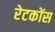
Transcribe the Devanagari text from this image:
रेटकोंस